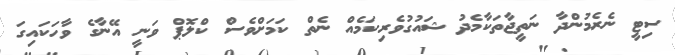
ސިޓީ ނެރެމުންދާ ނަތީޖާތަކާމެދު ޝައުގުވެރިކަމެއް ނެތް ކަމަށްވެސް ކްލޮޕް ވަނީ އޭނާގެ ވާހަކައިގަ